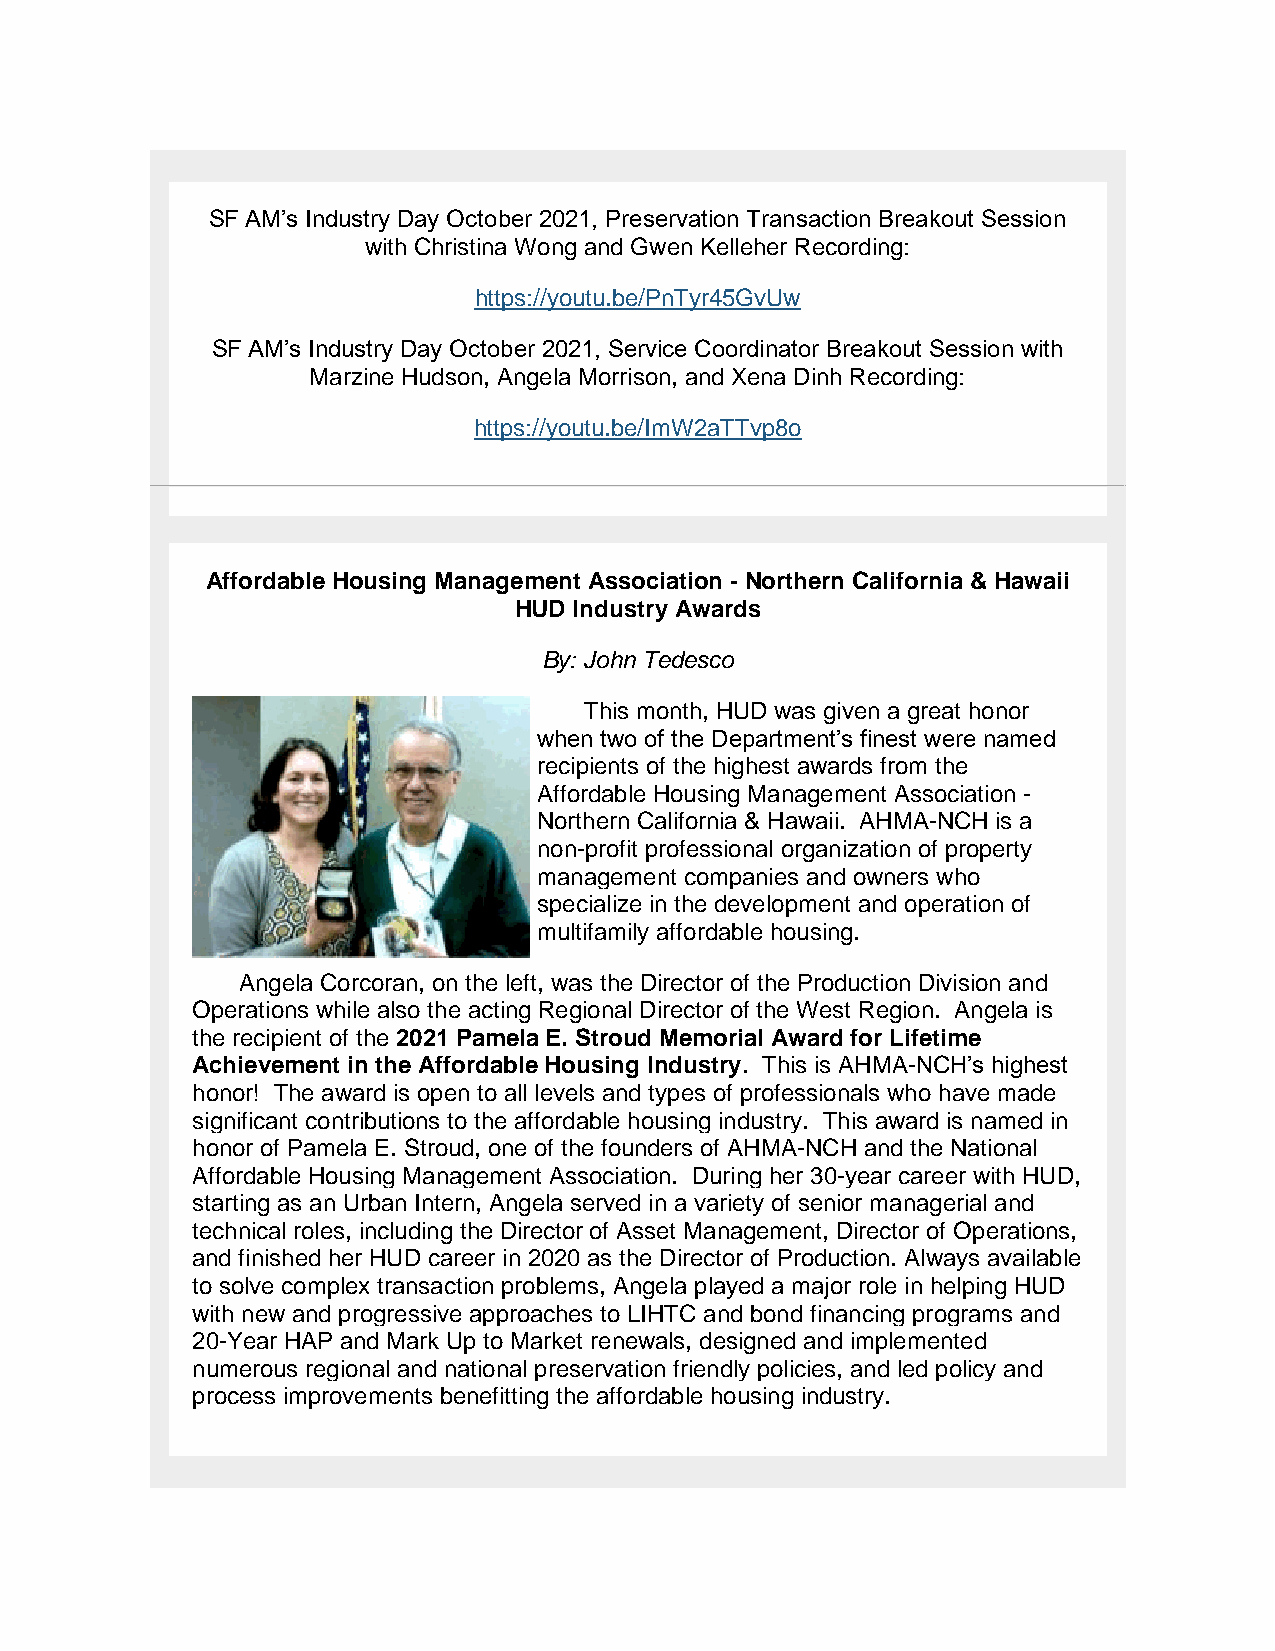
SF AM’s Industry Day October 2021, Preservation Transaction Breakout Session
 with Christina Wong and Gwen Kelleher Recording:
 https://youtu.be/PnTyr45GvUw
 SF AM’s Industry Day October 2021, Service Coordinator Breakout Session with
 Marzine Hudson, Angela Morrison, and Xena Dinh Recording:
 https://youtu.be/ImW2aTTvp8o
 Affordable Housing Management Association - Northern California & Hawaii
 HUD Industry Awards
 By: John Tedesco
 This month, HUD was given a great honor
 when two of the Department’s finest were named
 recipients of the highest awards from the
 Affordable Housing Management Association -
 Northern California & Hawaii. AHMA-NCH is a
 non-profit professional organization of property
 management companies and owners who
 specialize in the development and operation of
 multifamily affordable housing.
 Angela Corcoran, on the left, was the Director of the Production Division and
 Operations while also the acting Regional Director of the West Region. Angela is
 the recipient of the 2021 Pamela E. Stroud Memorial Award for Lifetime
 Achievement in the Affordable Housing Industry. This is AHMA-NCH’s highest
 honor! The award is open to all levels and types of professionals who have made
 significant contributions to the affordable housing industry. This award is named in
 honor of Pamela E. Stroud, one of the founders of AHMA-NCH and the National
 Affordable Housing Management Association. During her 30-year career with HUD,
 starting as an Urban Intern, Angela served in a variety of senior managerial and
 technical roles, including the Director of Asset Management, Director of Operations,
 and finished her HUD career in 2020 as the Director of Production. Always available
 to solve complex transaction problems, Angela played a major role in helping HUD
 with new and progressive approaches to LIHTC and bond financing programs and
 20-Year HAP and Mark Up to Market renewals, designed and implemented
 numerous regional and national preservation friendly policies, and led policy and
 process improvements benefitting the affordable housing industry.